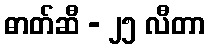
ဓာတ်ဆီ - ၂၅ လီတာ